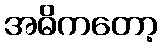
အဓိကတော့